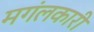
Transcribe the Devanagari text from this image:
मगंलकारी